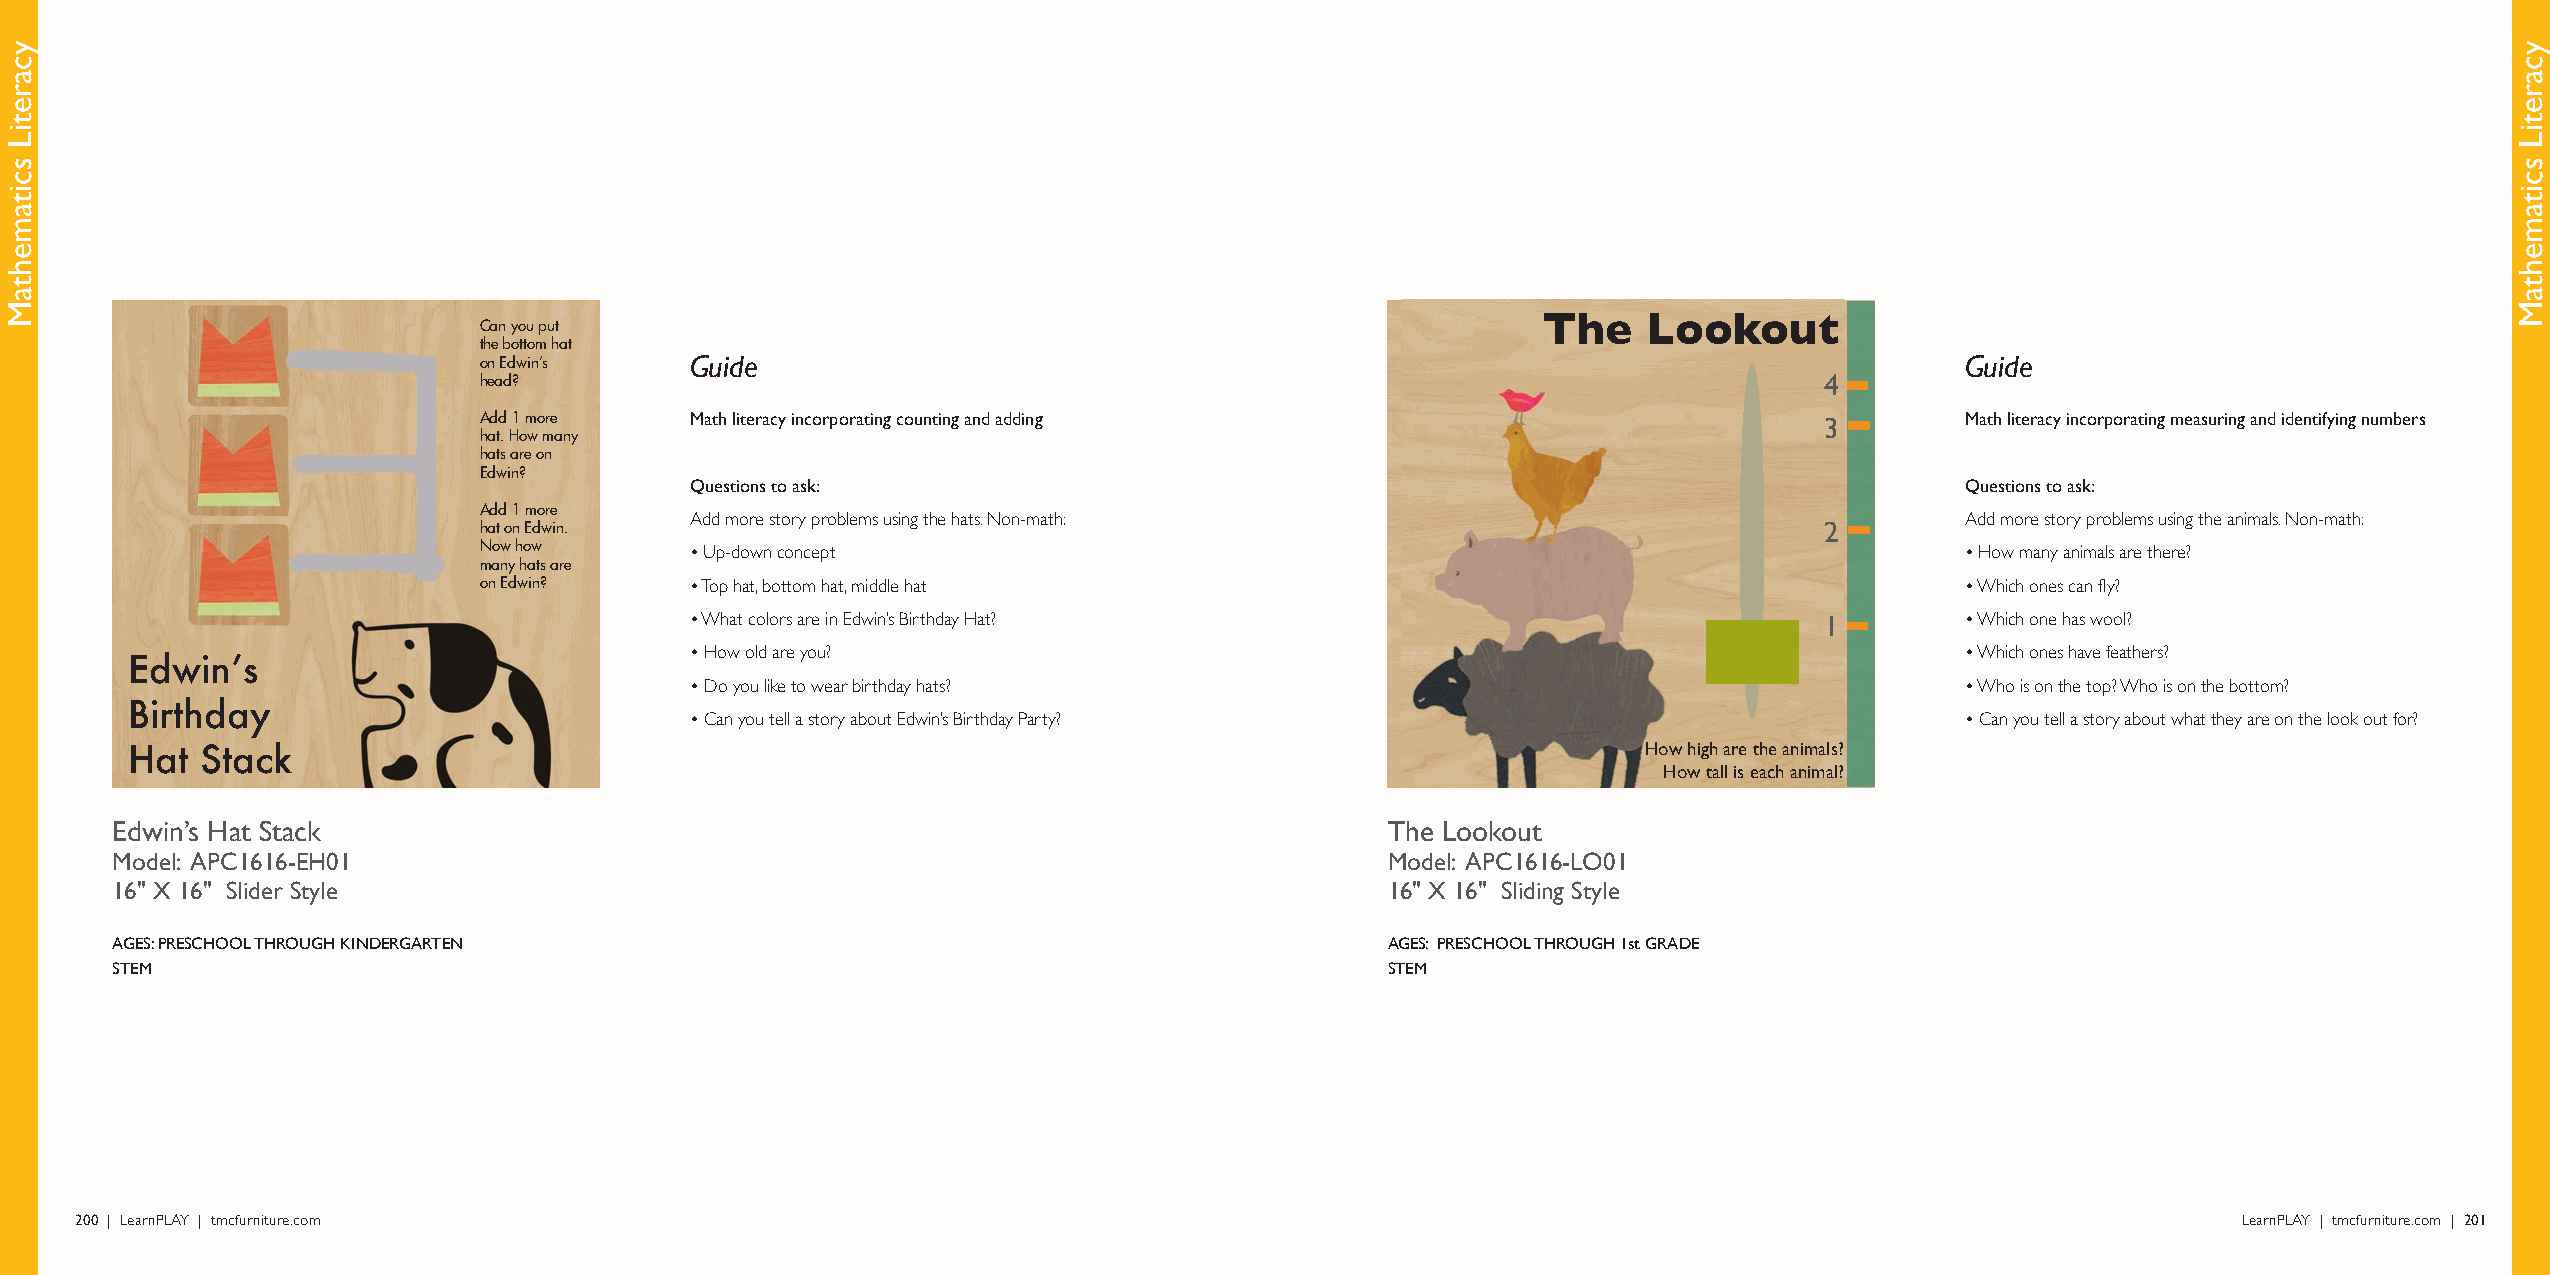
The    Lookout
 Can you put
 the bottom hat
 on Edwin’s    Guide                                                                               Guide
 head?                                                                                    4
 Add 1 more    Math literacy incorporating counting and adding                            3        Math literacy incorporating measuring and identifying numbers
 hat. How many
 hats are on
 Edwin?
 Questions to ask:                                                                   Questions to ask:
 Add 1 more
 Add more story problems using the hats. Non-math:                                   Add more story problems using the animals. Non-math:
 hat on Edwin.                                                                            2
 Now how       • Up-down concept                                                                   • How many animals are there?
 many hats are
 on Edwin?     • Top hat, bottom hat, middle hat                                                   • Which ones can fly?
 • What colors are in Edwin’s Birthday Hat?                                 1        • Which one has wool?
 • How old are you?                                                                  • Which ones have feathers?
 Edwin’s
 • Do you like to wear birthday hats?                                                • Who is on the top? Who is on the bottom?
 Birthday
 • Can you tell a story about Edwin’s Birthday Party?                                • Can you tell a story about what they are on the look out for?
 Hat Stack                                                                                           How high are the animals?
 How tall is each animal?
 Edwin’s Hat Stack                                                                    The Lookout
 Model: APC1616-EH01                                                                  Model: APC1616-LO01
 16" X 16" Slider Style                                                               16" X 16" Sliding Style
 AGES: PRESCHOOL THROUGH KINDERGARTEN                                                 AGES: PRESCHOOL THROUGH 1st GRADE
 STEM                                                                                 STEM
 200 | LearnPLAY | tmcfurniture.com                                                                                                             LearnPLAY | tmcfurniture.com | 201
 ycaretiL
 scitamehtaM
 ycaretiL
 scitamehtaM